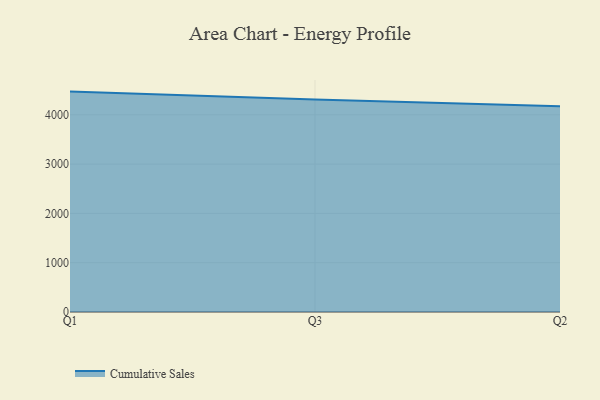
{"axis": {"x": "Quarter", "y": "Energy Usage (MWh)"}, "legend": ["Cumulative Sales"], "data": [{"x": "Q1", "y": 4470.8, "type": "Cumulative Sales"}, {"x": "Q3", "y": 4312.0, "type": "Cumulative Sales"}, {"x": "Q2", "y": 4175.0, "type": "Cumulative Sales"}]}